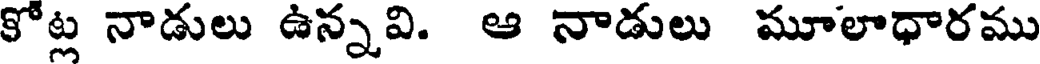
కోట్ల నాడులు ఉన్నవి. ఆ నాడులు మూలాధారము